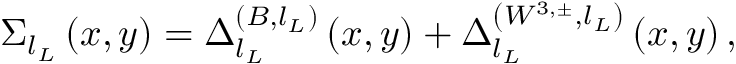
\Sigma _ { l _ { L } } \left( x , y \right) = \Delta _ { l _ { L } } ^ { \left( B , l _ { L } \right) } \left( x , y \right) + \Delta _ { l _ { L } } ^ { \left( W ^ { 3 , \pm } , l _ { L } \right) } \left( x , y \right) ,